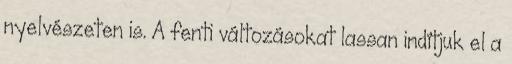
nyelvészeten is. A fenti változásokat lassan indítjuk el a